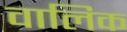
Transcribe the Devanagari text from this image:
वालिक